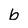
Character: b